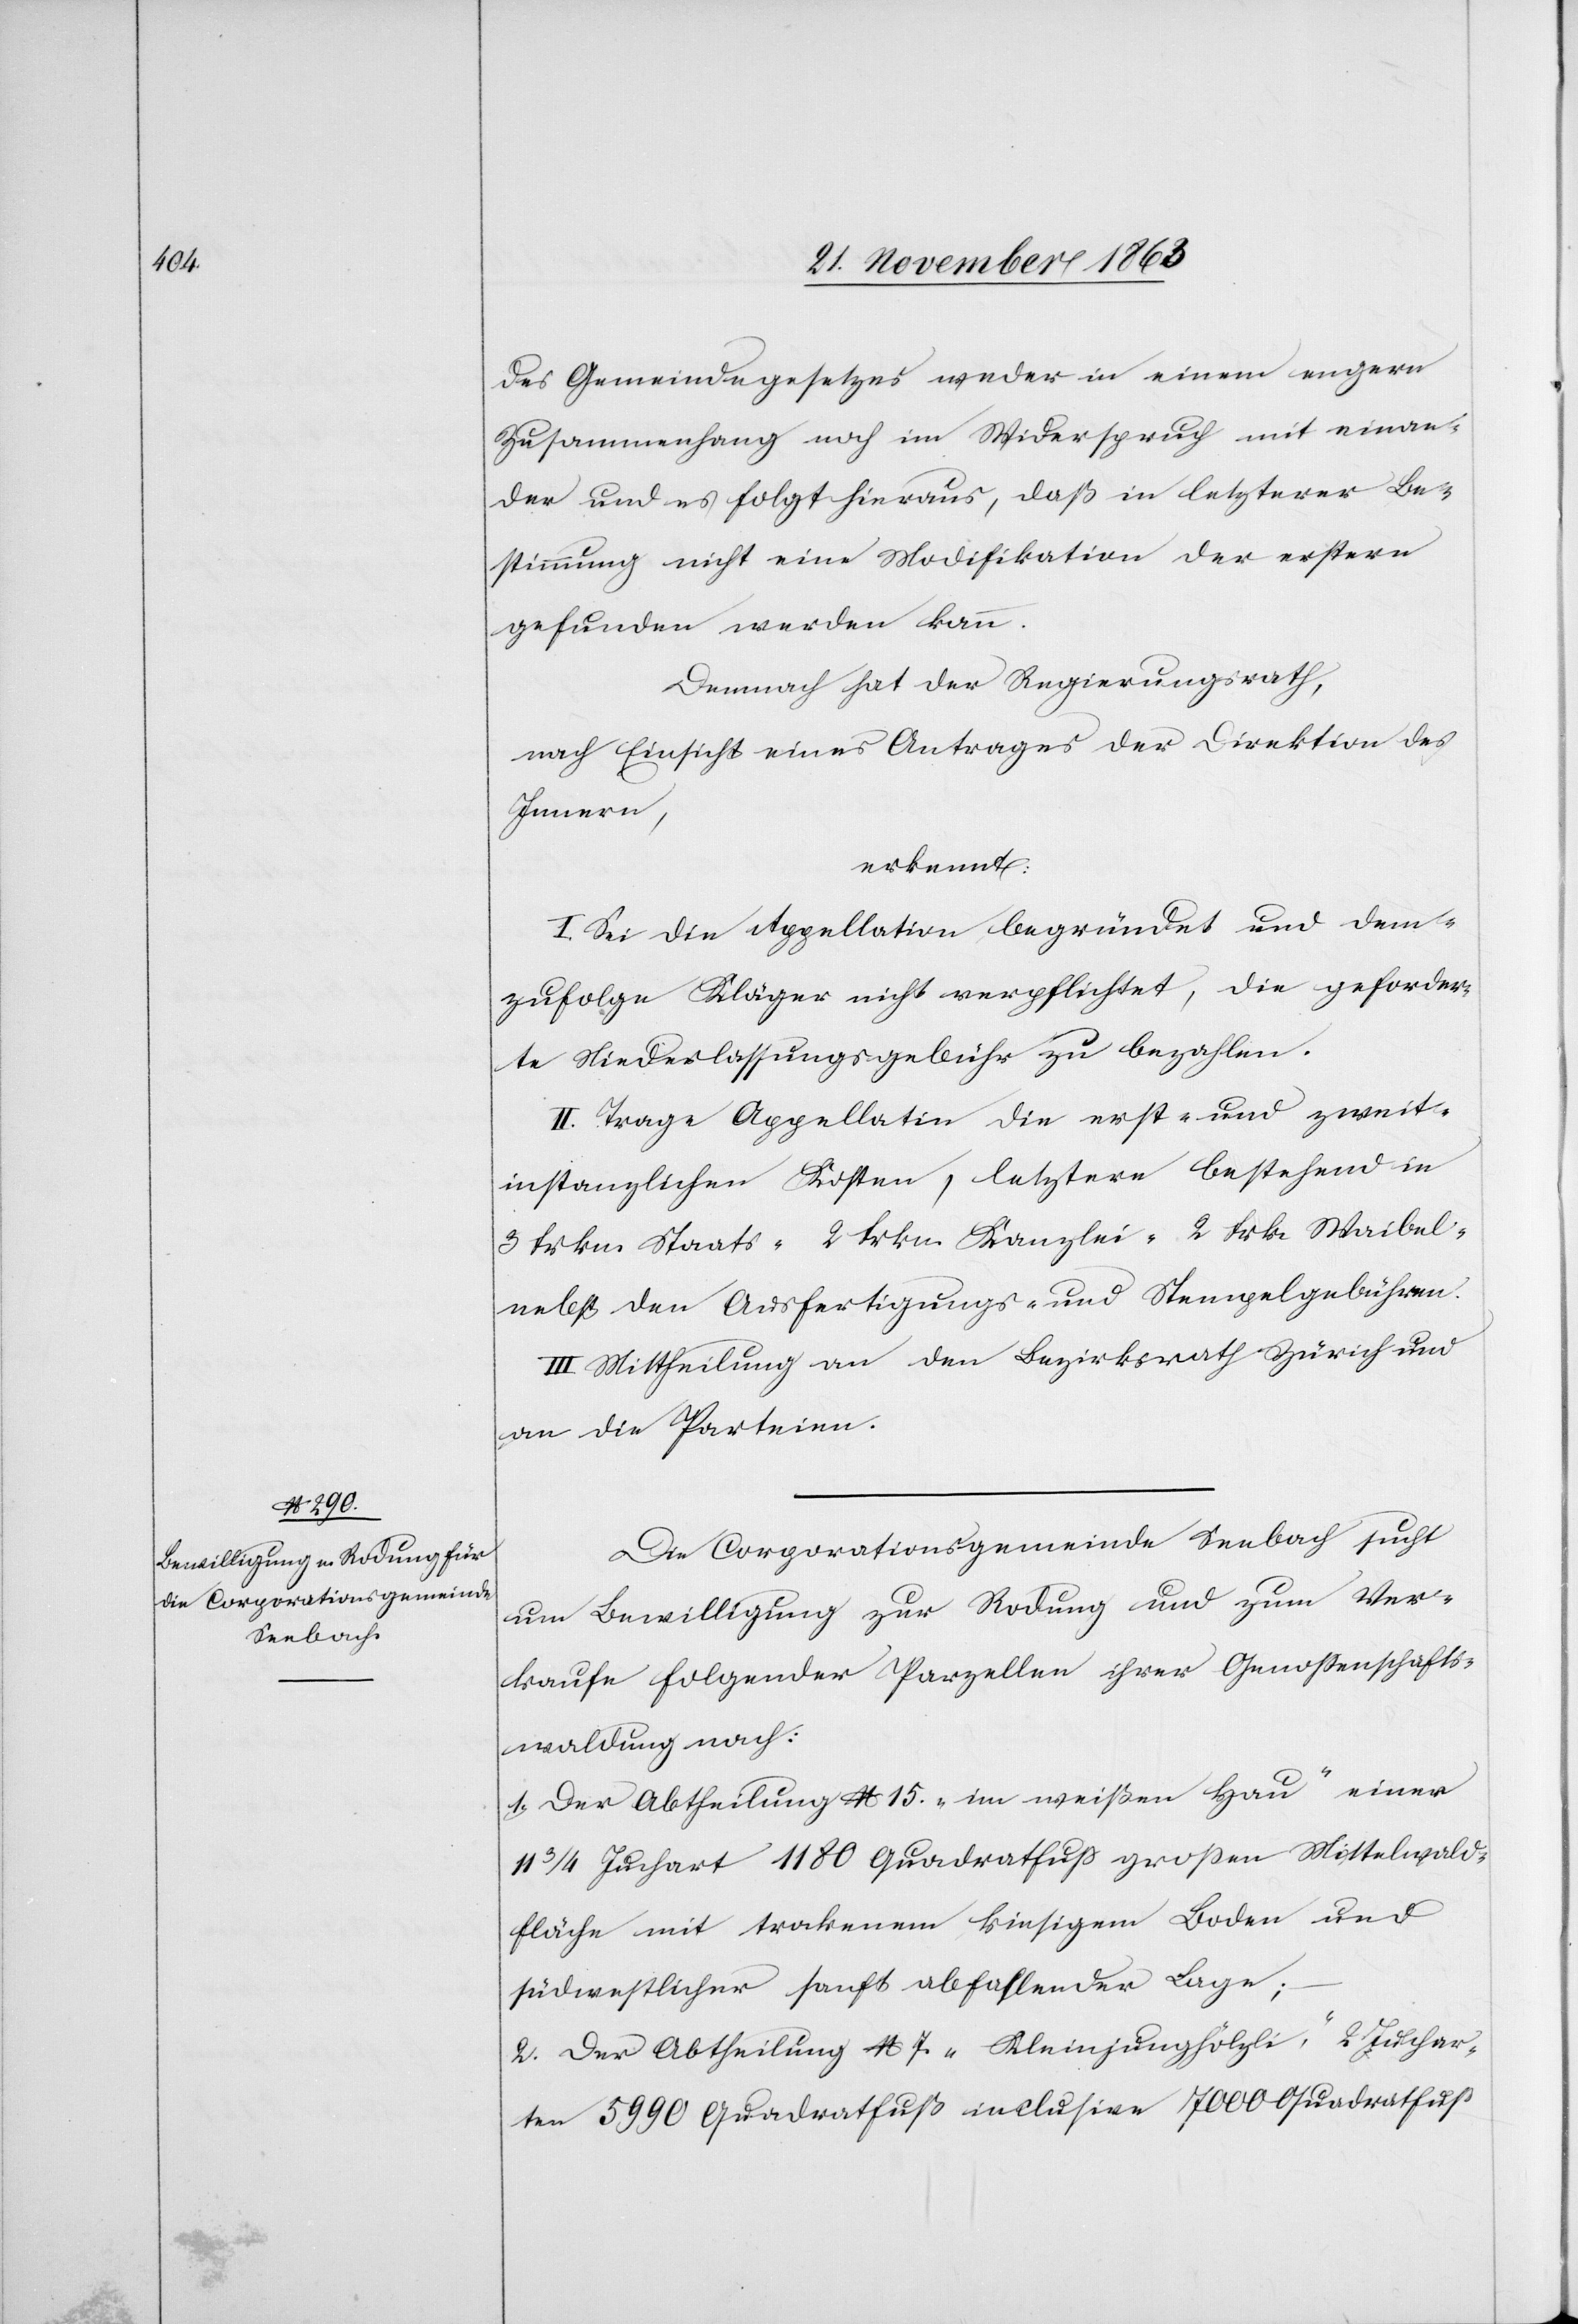
des Gemeindegesetzes weder in einem engern
Zusammenhang noch im Widerspruch mit einan¬
der und es folgt hieraus, daß in letzterer Be¬
stimmung nicht eine Modifikation der erstern
gefunden werden kann.
Demnach hat der Regierungsrath,
nach Einsicht eines Antrages der Direktion des
Innern,
erkennt:
I. Sei die Appellation begründet und dem¬
zufolge Kläger nicht verpflichtet, die geforder¬
te Niederlassungsgebühr zu bezahlen.
II. Trage Appellatin die erst- und zweit¬
instanzlichen Kosten, letztere bestehend in
3 frkn. Staats-[,] 2 frkn. Kanzlei-[,] 2 Frk. Waibel-
nebst den Ausfertigungs- und Stempelgebühren.
III. Mittheilung an den Bezirksrath Zürich und
an die Parteien.
Die Corporationsgemeinde Seebach sucht
um Bewilligung zur Rodung und zum Ver¬
kaufe folgender Parzellen ihrer Genossenschafts¬
waldung nach:
1. Der Abtheilung No. 15. „im weißen Hau“ einer
11 3/4 Juchart 1180 Quadratfuß grossen Mittelwald¬
fläche mit trockenem kiesigem Boden und
südwestlicher sanft abfallender Lage;
2. Der Abtheilung No. 7 „Kleinjunghölzli“: 2 Juchar¬
ten 5990 Quadratfuß inclusive 7000 Quadratfuß